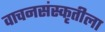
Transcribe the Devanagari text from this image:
वाचनसंस्कृतीला